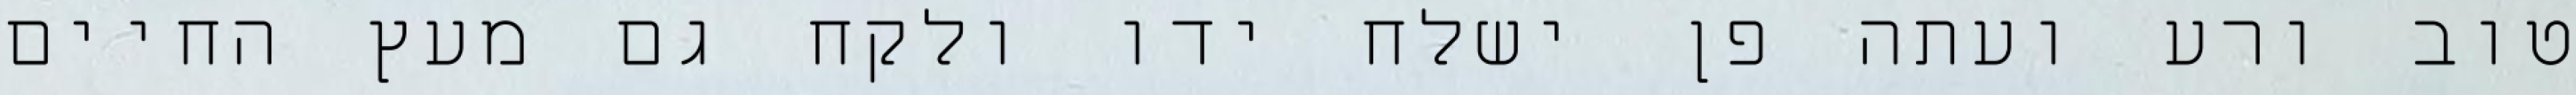
טוב ורע ועתה פן ישלח ידו ולקח גם מעץ החיים